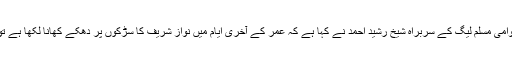
11 اگست2017ء) عوامی مسلم لیگ کے سربراہ شیخ رشید احمد نے کہا ہے کہ عمر کے آخری ایام میں نواز شریف کا سڑکوں پر دھکے کھانا لکھا ہے تو ہم کیا کر سکتے ہیں۔